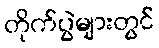
တိုက်ပွဲများတွင်